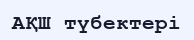
АҚШ түбектері